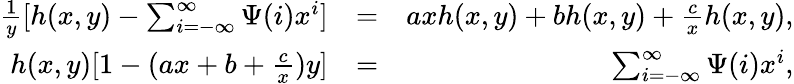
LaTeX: \begin{array}{rlr}{\frac{1}{y}[h(x,y)-\sum_{i=-\infty}^{\infty}\Psi(i)x^{i}]}&{=}&{axh(x,y)+bh(x,y)+\frac{c}{x}h(x,y),}\\ {h(x,y)[1-(ax+b+\frac{c}{x})y]}&{=}&{\sum_{i=-\infty}^{\infty}\Psi(i)x^{i},}\end{array}